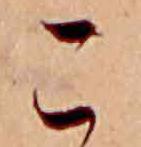
こ